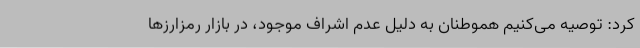
کرد: توصیه می‌کنیم هموطنان به دلیل عدم اشراف موجود، در بازار رمزارزها